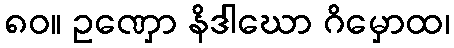
၈၀။ ဥဏှော နိဒါဃော ဂိမှောထ၊